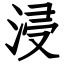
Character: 浸